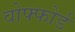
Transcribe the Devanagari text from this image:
वोफ्फोर्ड